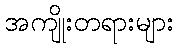
အကျိုးတရားများ